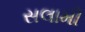
સલામી